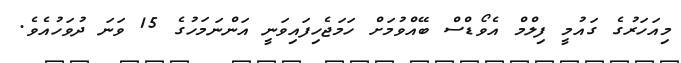
މިއަހަރުގެ ގައުމީ ފިލްމް އެވޯޑްސް ބޭއްވުމަށް ހަމަޖެހިފައިވަނީ އަންނަމަހުގެ 15 ވަނަ ދުވަހުއެވެ.